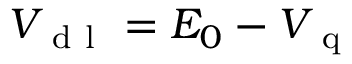
V _ { \mathrm { ~ d ~ l ~ } } = E _ { 0 } - V _ { \mathrm { ~ q ~ } }